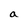
Character: a